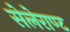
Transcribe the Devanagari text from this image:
सेलेराण्ट